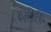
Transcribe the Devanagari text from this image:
रामशिव